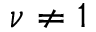
\nu \neq 1